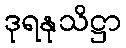
ဒုရနုသိဋ္ဌာ